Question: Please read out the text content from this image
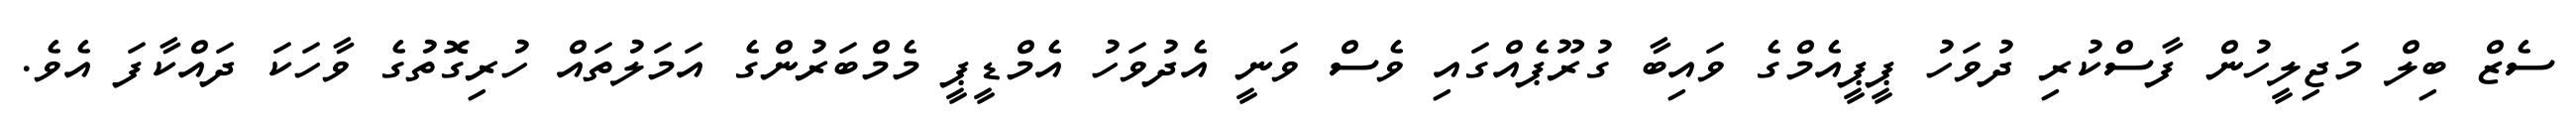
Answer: ސެޒް ބިލް މަޖިލީހުން ފާސްކުރި ދުވަހު ޕީޕީއެމްގެ ވައިބާ ގުރޫޕެއްގައި ވެސް ވަނީ އެދުވަހު އެމްޑީޕީ މެމްބަރުންގެ އަމަލުތައް ހުރިގޮތުގެ ވާހަކަ ދައްކާފަ އެވެ.